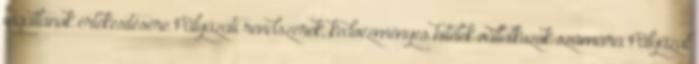
ingatlanok értékesítésére Pályázati rendszerek, kedvezményes hitelek vállalkozók számára Pályázat